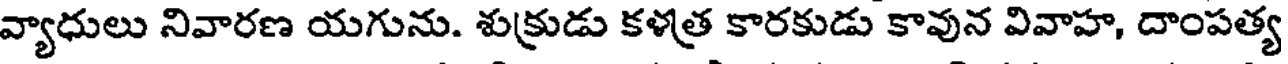
వ్యాధులు నివారణ యగును. శుక్రుడు కళత్ర కారకుడు కావున వివాహ, దాంపత్య